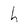
Character: h